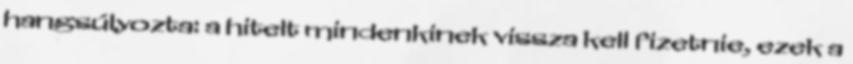
hangsúlyozta: a hitelt mindenkinek vissza kell fizetnie, ezek a